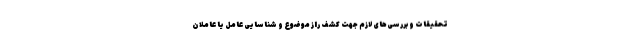
تحقیقات و بررسی‌های لازم جهت کشف راز موضوع و شناسایی عامل یا عاملان